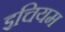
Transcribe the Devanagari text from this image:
इचियम